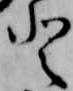
登